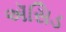
ઍસિડ